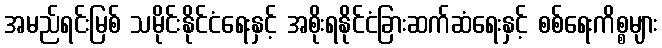
အမည်ရင်းမြစ် သမိုင်းနိုင်ငံရေးနှင့် အစိုးရနိုင်ငံခြားဆက်ဆံရေးနှင့် စစ်ရေးကိစ္စများ